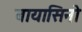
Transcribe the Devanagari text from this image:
बायासिनो